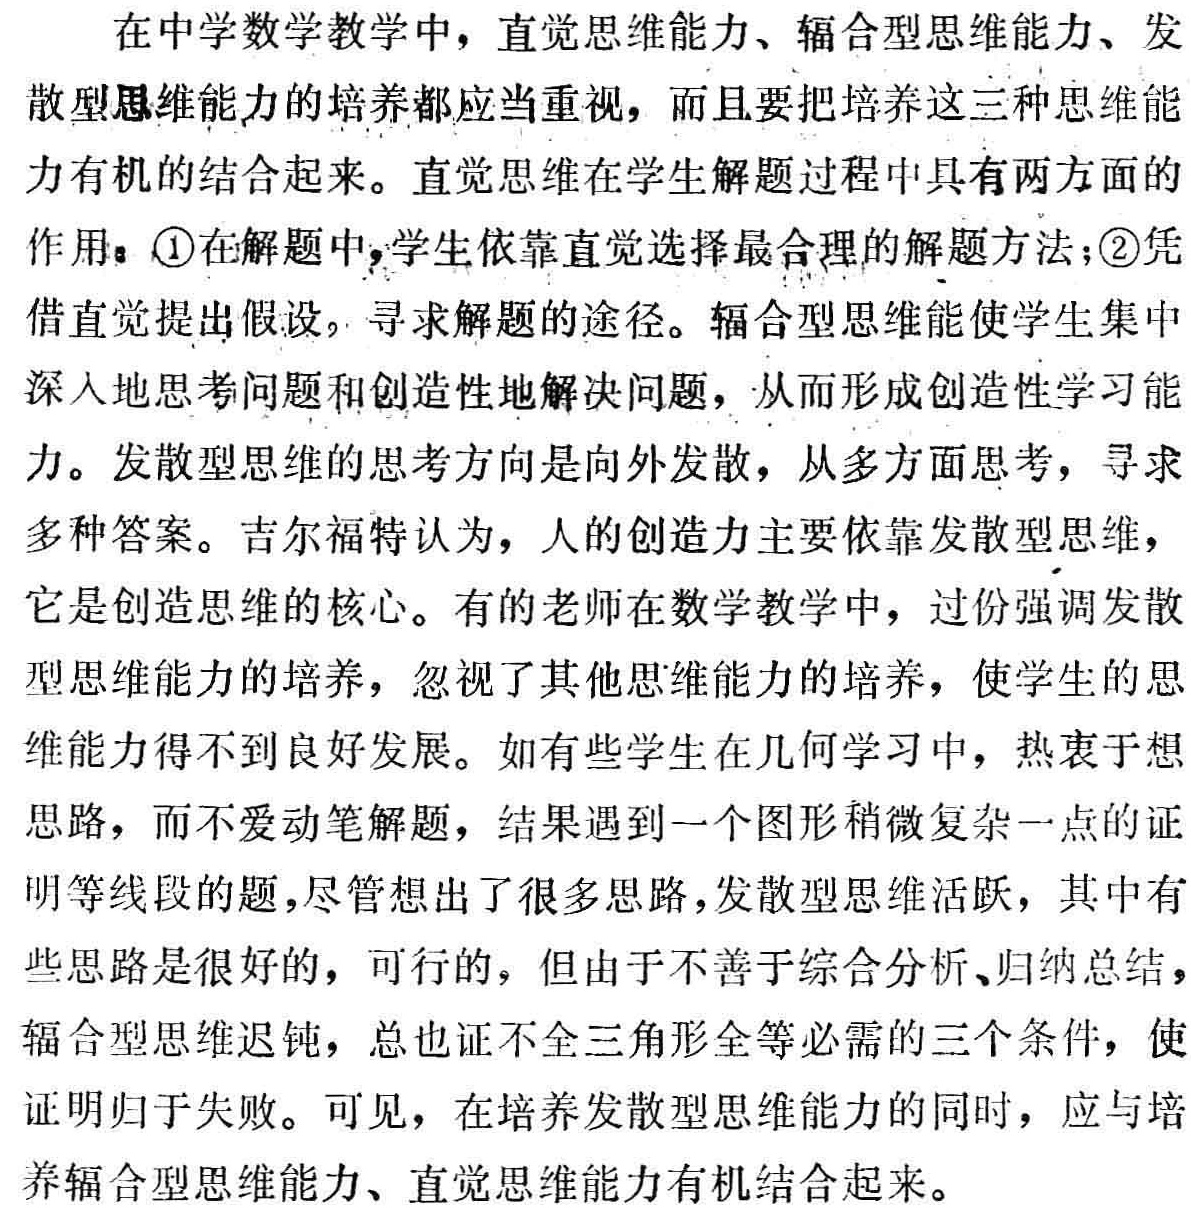
在中学数学教学中，直觉思维能力、辐合型思维能力、发

散型思维能力的培养都应当重视，而且要把培养这三种思维能

力有机的结合起来。直觉思维在学生解题过程中具有两方面的

作用：\textcircled{1}在解题中，学生依靠直觉选择最合理的解题方法；\textcircled{2}凭

借直觉提出假设，寻求解题的途径。辐合型思维能使学生集中

深入地思考问题和创造性地解决问题，从而形成创造性学习能

力。发散型思维的思考方向是向外发散，从多方面思考，寻求

多种答案。吉尔福特认为，人的创造力主要依靠发散型思维，

它是创造思维的核心。有的老师在数学教学中，过份强调发散

型思维能力的培养，忽视了其他思维能力的培养，使学生的思

维能力得不到良好发展。如有些学生在几何学习中，热衷于想

思路，而不爱动笔解题，结果遇到一个图形稍微复杂一点的证

明等线段的题，尽管想出了很多思路，发散型思维活跃，其中有

些思路是很好的，可行的，但由于不善于综合分析、归纳总结，

辐合型思维迟钝，总也证不全三角形全等必需的三个条件，使

证明归于失败。可见，在培养发散型思维能力的同时，应与培

养辐合型思维能力、直觉思维能力有机结合起来。